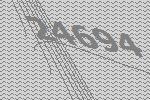
24694